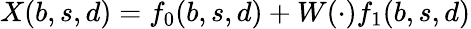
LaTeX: X(b,s,d)=f_{0}(b,s,d)+W(\cdot)f_{1}(b,s,d)